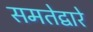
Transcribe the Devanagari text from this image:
समतेद्वारे